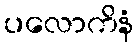
ပလောကိနံ